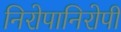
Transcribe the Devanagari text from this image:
निरोपानिरोपी